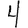
Digit: 4